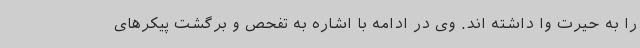
را به حیرت وا داشته اند. وی در ادامه با اشاره به تفحص و برگشت پیکرهای